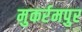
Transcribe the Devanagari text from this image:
मुकर्रमपुर